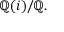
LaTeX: \mathbb { Q } ( i ) / \mathbb { Q } .